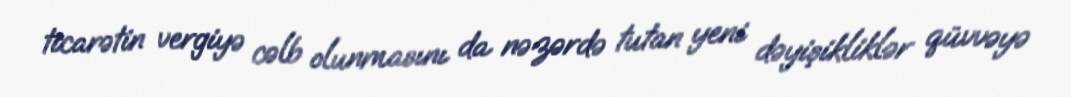
ticarətin vergiyə cəlb olunmasını da nəzərdə tutan yeni dəyişikliklər qüvvəyə